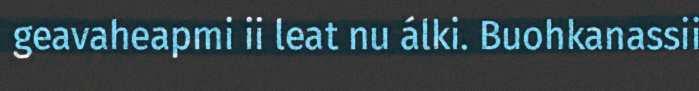
geavaheapmi ii leat nu álki. Buohkanassii